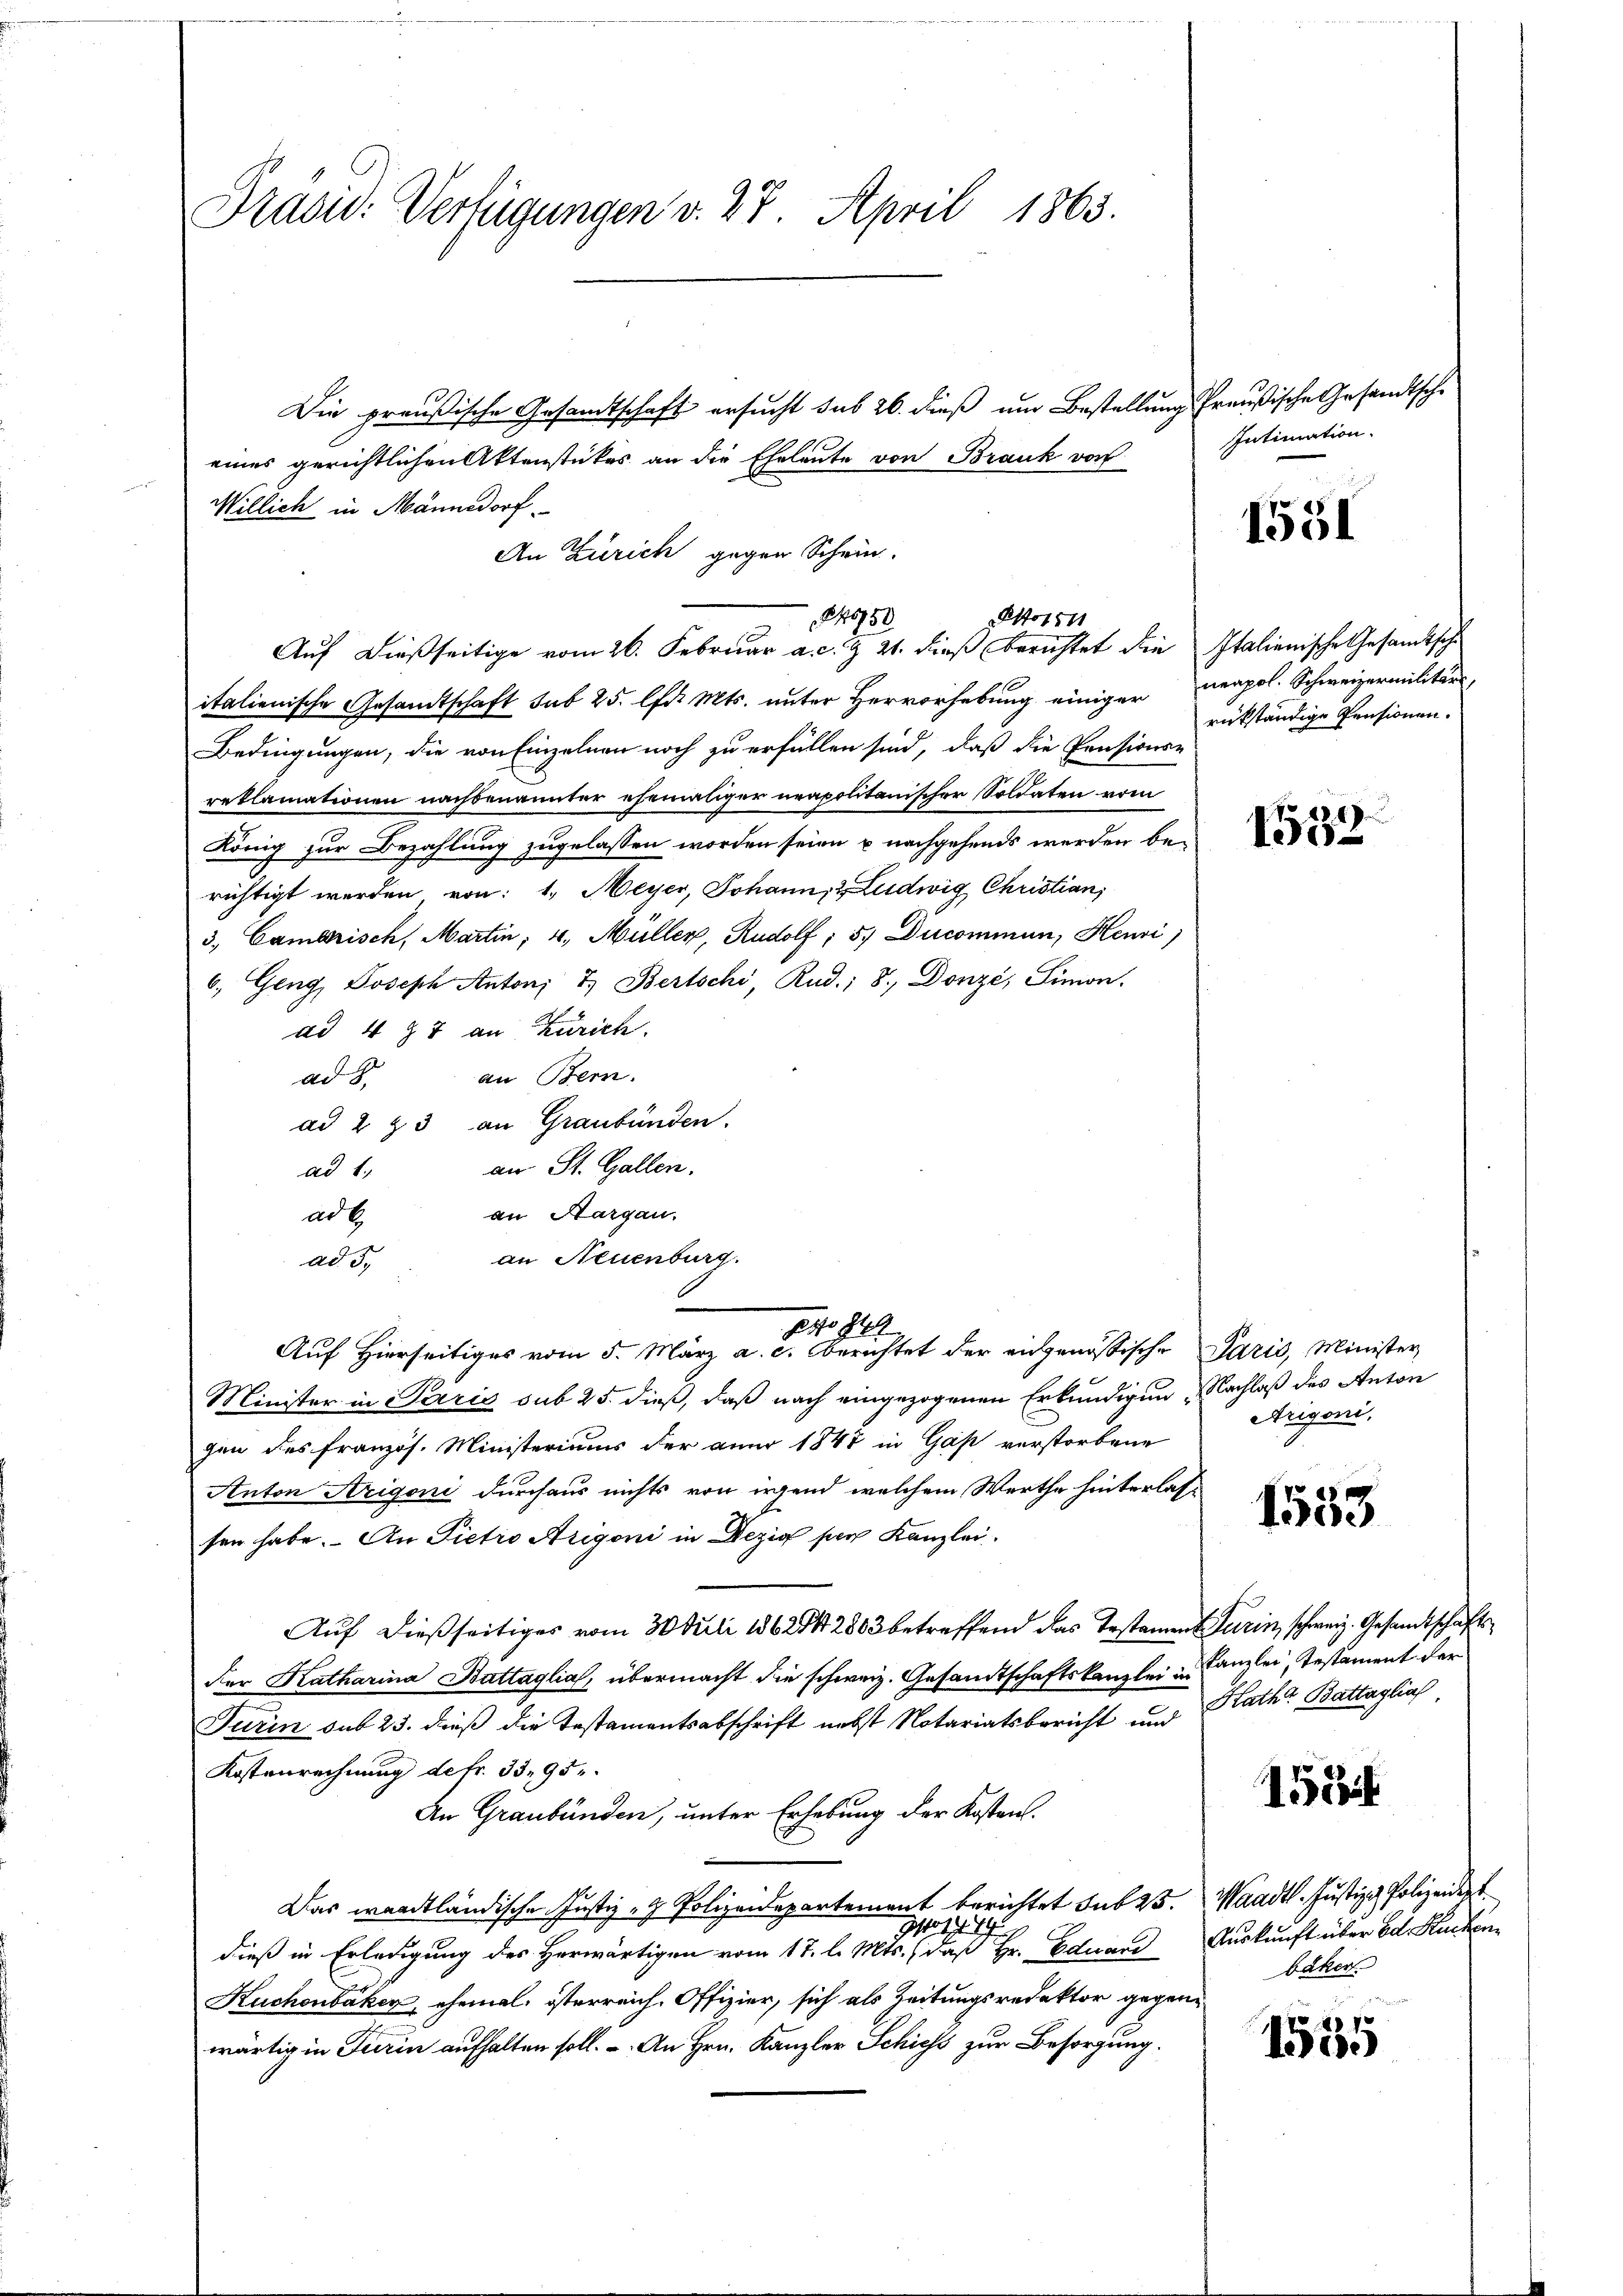
Präsid. Verfügungen v. 27. April 1863.

Die preußische Gesamtschaft ersucht sub 26. dieß um Bestellung Preußische Gesandtsche
eines gerichtlichen Aktenstückes an die Eheleute von Brank von
Willich in Männedorf
An Zürich gegen Schein.
italienische Gesandtschaft sub 25. lfd. Mts. unter Hervorhebung einiger verpol. Schweizermilitärs,
Bedingungen, die von Einzelnen noch zu erfüllen sind, daß die Pensions-
reklamationen nachbenannter ehemaliger neapolitanischer Soldaten vom
König zur Bezahlung zugelassen worden seien u nachgehends werden berichtigt werden von: 1. Meyer, Johann, 2 Ludwig Christian,
3. Camerisch, Martin; 4. Müller, Rudolf; 5) Ducommun, Henri
6. Geng, Joseph Anton, 7. Bertschi, Rud. 8. Donzi, Simon.
ad 4 § 7 an Zürich.
an Bern.
ad 8.
ad 2 & 3 an Graubünden.
an St. Gallen.
ad 1.
an Aargau.
ad b.
an Neuenburg.
ad e
Pto 849
Auf Hierseitiges vom 5. März a. c. berichtet der eidgenössische Paris, Minister
Minister in Paris sub 25. dieß, daß nach eingezogenen Erkundigen Nachlaß des Anton
gen des französ. Ministeriums der aner 1848 in Gas verstorbene
Anton Arigoni durchaus nichts von irgend welchem Werthe hinterlassen habe. An Pietro Arigoni in Dezio per Kanzlei.
Auf dießseitiges vom 30 Juli 1862842803 betreffend das Testament Turin, schweiz. Gesandtschaftsder Katharina Battaglia, übermacht die schweiz. Gesandtschaftskanzlei Canzlei, Testament der
Turin sub 25. dieß die Testamentsabschrift nebst Notariatsbericht und Rath Battaglich
Kostenrechnung defr. 33. 95.
An Graubünden, unter Erhebung der Kosten.
Das waadtländische Justiz- & Polizeidepartement berichtet sub 25. Waadt. Justiz & Polizeident
4. 74
Jospe
dieß in Erledigung des Herwärtigen vom 17. l. Mts. (daß Hr. Eduard Auskunft über Ed. Hucken¬
Kuchenbaker, ehemal. österreich. Offizier, sich als Zeitungsredaktor gegenwärtig in Turin aufhalten soll. - An Hrn. Kanzler Schiess zur Besorgung.

§ 46750
Ao 1811
Auf dießseitige vom 26. Februar a. c. Z. 21. dieß berichtet die Italienische Gesandtsche

Intimation.

1551

rükständige Pensionen.

1532

Arigoni,

1553

155 i

bäker

1555